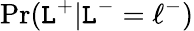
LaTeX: \operatorname*{Pr}(\mathtt{L}^{+}|\mathtt{L}^{-}=\ell^{-})